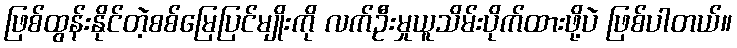
ဖြစ်ထွန်းနိုင်တဲ့စစ်မြေပြင်မျိုးကို လက်ဦးမှုယူသိမ်းပိုက်ထားဖို့ပဲ ဖြစ်ပါတယ်။